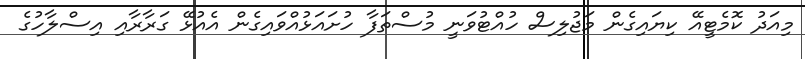
މިއަދު ކޮމެޓީއޭ ކިޔައިގެން މަޖުލިސް ހުއްޓުވަނީ މުސްތަފާ ހުށައަޅުއްވައިގެން އެއުޅޭ ގަރާރާއި އިސްލާހުގެ